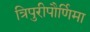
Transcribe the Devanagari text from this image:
त्रिपुरीपौर्णिमा